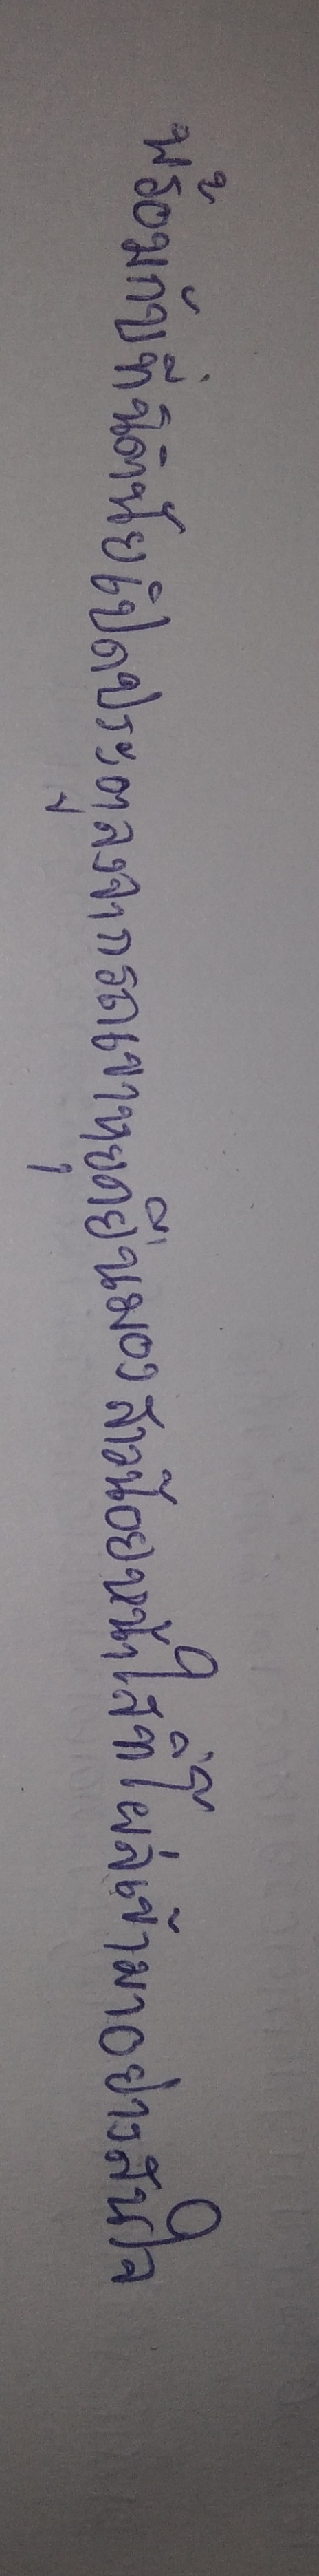
พร้อมกับที่นิตินัยเปิดประตูลงจากรถเขาหยุดยืนมองสาวน้อยหน้าใสที่โผล่เข้ามาอย่างสนใจ